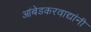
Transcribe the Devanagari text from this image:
आंबेडकरवाद्यांनी